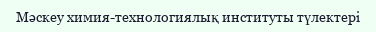
Мәскеу химия-технологиялық институты түлектері